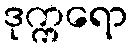
ဒုက္ကရော